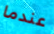
عندما